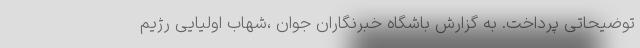
توضیحاتی پرداخت. به گزارش باشگاه خبرنگاران جوان ،شهاب اولیایی رژیم